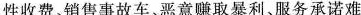
性收费、销售事故车、恶意赚取暴利、服务承诺难